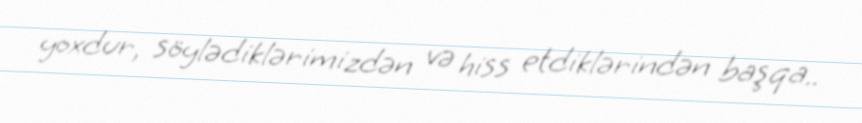
yoxdur, söylədiklərimizdən və hiss etdiklərindən başqa..